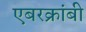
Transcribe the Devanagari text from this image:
एबरक्रांबी